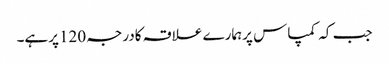
جب کہ کمپاس پرہمارے علاقہ کادرجہ 120پرہے۔